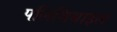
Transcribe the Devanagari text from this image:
पलिमिथाइल